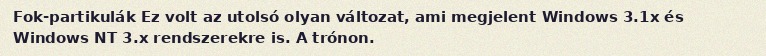
Fok-partikulák Ez volt az utolsó olyan változat, ami megjelent Windows 3.1x és Windows NT 3.x rendszerekre is. A trónon.